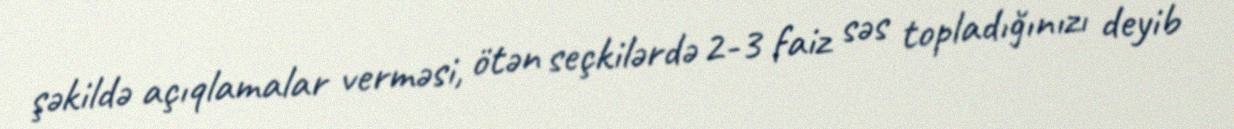
şəkildə açıqlamalar verməsi, ötən seçkilərdə 2-3 faiz səs topladığınızı deyib